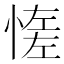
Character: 𢞑